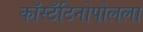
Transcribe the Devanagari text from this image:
काँस्टँटिनोपोलला